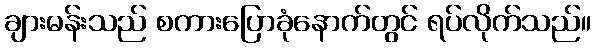
ချားမန်းသည် စကားပြောခုံနောက်တွင် ရပ်လိုက်သည်။